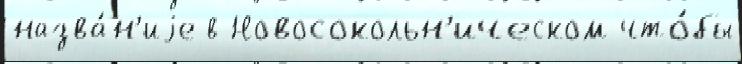
назва́н'иjе в Новосокольн'ическом что́бы